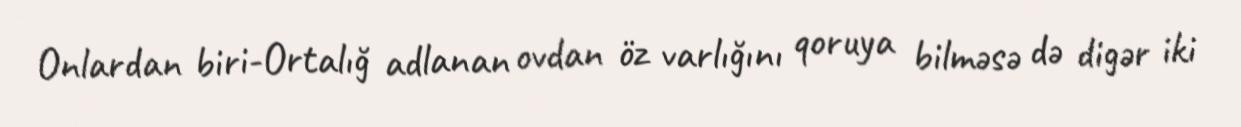
Onlardan biri-Ortalığ adlanan ovdan öz varlığını qoruya bilməsə də digər iki